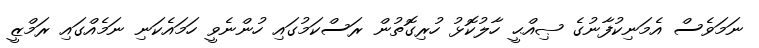
ނަމަވެސް އެމަނިކުފާނުގެ ޞިއްޙީ ހާލުކޮޅު ހުރިގޮތުން ރަސްކަމުގައި ހުންނެވީ ހަމައެކަނި ނަމެއްގައި ރަމްޒީ